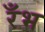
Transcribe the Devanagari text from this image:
रँभ